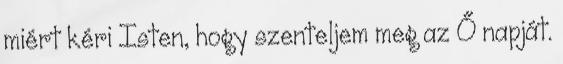
miért kéri Isten, hogy szenteljem meg az Ő napját.